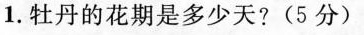
1.牡丹的花期是多少天?(5分)